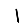
Digit: 1